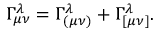
\Gamma _ { \mu \nu } ^ { \lambda } = \Gamma _ { ( \mu \nu ) } ^ { \lambda } + \Gamma _ { [ \mu \nu ] } ^ { \lambda } .